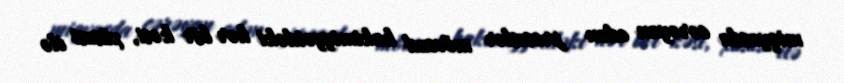
miqyasda cərəyan edən proseslər mövcud hakimiyyətdəki hər bir kəsi, xüsusi ilə